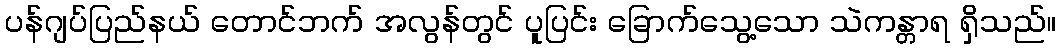
ပန်ဂျပ်ပြည်နယ် တောင်ဘက် အလွန်တွင် ပူပြင်း ခြောက်သွေ့သော သဲကန္တာရ ရှိသည်။